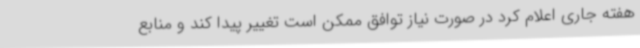
هفته جاری اعلام کرد در صورت نیاز توافق ممکن است تغییر پیدا کند و منابع